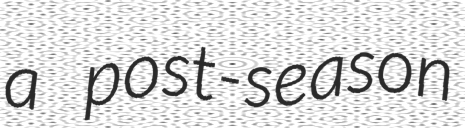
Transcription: a post-season